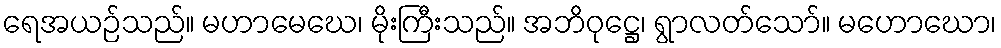
ရေအယဉ်သည်။ မဟာမေဃေ၊ မိုးကြီးသည်။ အဘိဝုဋ္ဌေ၊ ရွာလတ်သော်။ မဟောဃော၊